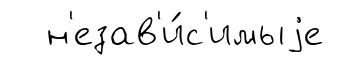
н'езав'и́с'имыjе